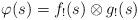
LaTeX: \begin{align*}\varphi(s) = f_!(s)\otimes g_!(s)\end{align*}